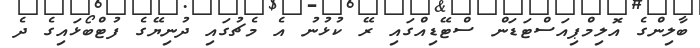
ބާލިންގެ އޮލިމްޕިއަސްޓަޑަން ސްޓޭޑިއްގައި ރޭ ކުޅުނު އެ މެޗުގައި ދުނިޔޭގެ ފުޓްބޯޅައިގެ ދެ